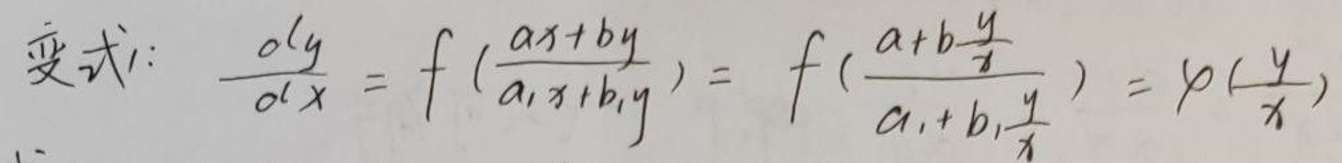
变式：$\frac{\partial y}{\partial x}=f\left(\frac{ax + by}{a_1x + b_1y}\right)=f\left(\frac{a + b\frac{y}{x}}{a_1 + b_1\frac{y}{x}}\right)=\varphi\left(\frac{y}{x}\right)$